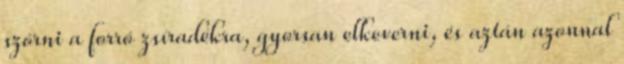
szórni a forró zsíradékra, gyorsan elkeverni, és aztán azonnal